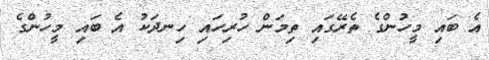
އެ ބައި މީހުންގެ ތެރޭގައި ތިމަން ހުރިހައި ހިނދަކު އެ ބައި މީހުންގެ